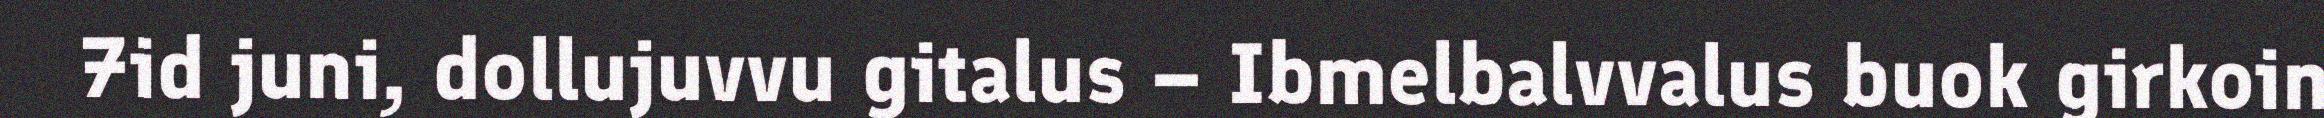
7id juni, dollujuvvu gitalus – Ibmelbalvvalus buok girkoin